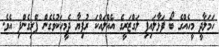
ހަމަލާދީ މީހެއްގެ ބޯ ފަޅާލައިފި ލަގްޒަރީގެ އެއްލައްކަ ރުފިޔާ ދެމީހަކުވެގެން ފޭރިގެންފި އެވެ.